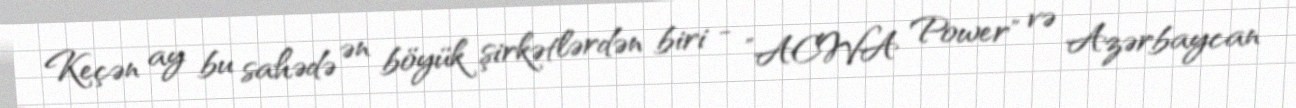
Keçən ay bu sahədə ən böyük şirkətlərdən biri - ”ACWA Power" və Azərbaycan